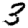
Digit: 3